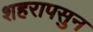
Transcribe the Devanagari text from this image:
शहरापसुन